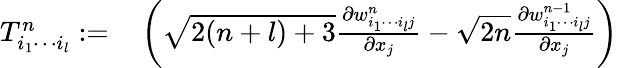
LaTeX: \begin{array}{rl}{T_{i_{1}\cdots i_{l}}^{n}:=}&{{}\left(\sqrt{2(n+l)+3}\frac{\partial w_{i_{1}\cdots i_{l}j}^{n}}{\partial x_{j}}-\sqrt{2n}\frac{\partial w_{i_{1}\cdots i_{l}j}^{n-1}}{\partial x_{j}}\right)}\end{array}